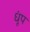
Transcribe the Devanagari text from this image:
धूंप